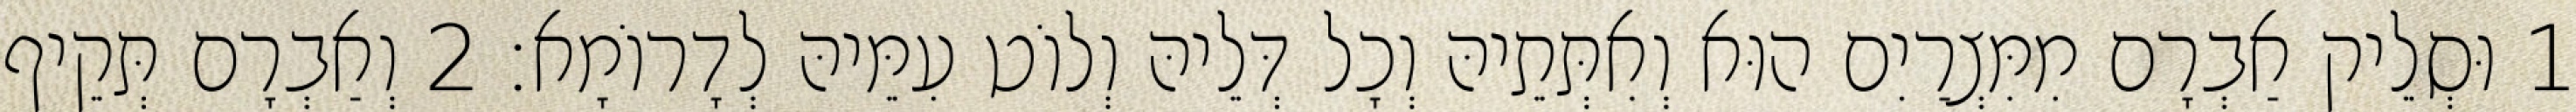
1 וּסְלֵיק אַבְרָם מִמִּצְרַיִם הוּא וְאִתְּתֵיהּ וְכָל דְּלֵיהּ וְלוֹט עִמֵּיהּ לְדָרוֹמָא׃ 2 וְאַבְרָם תְּקֵיף